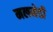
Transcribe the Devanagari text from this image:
मलमेडी